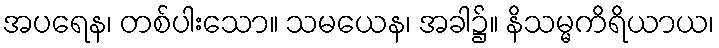
အပရေန၊ တစ်ပါးသော။ သမယေန၊ အခါ၌။ နိသမ္မကိရိယာယ၊